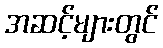
အဆင့်များတွင်